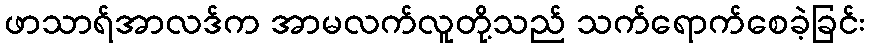
ဖာသာရ်အာလဒ်က အာမလက်လူတို့သည် သက်ရောက်စေခဲ့ခြင်း